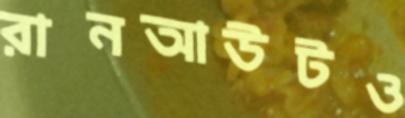
রানআউটও